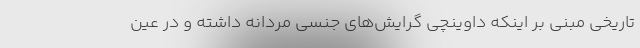
تاریخی مبنی بر اینکه داوینچی گرایش‌های جنسی مردانه داشته و در عین